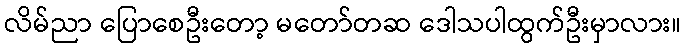
လိမ်ညာ ပြောစေဦးတော့ မတော်တဆ ဒေါသပါထွက်ဦးမှာလား။